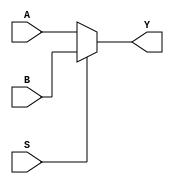
module mux2 (S,A,B,Y);
    input S;
    input A,B;
    output reg Y;

    always @(*)
		Y = (S)? B : A;
endmodule

module mux4 ( S, D, Y );

input[1:0] S;
input[3:0] D;
output Y;

reg Y;
wire[1:0] S;
wire[3:0] D;

always @*
    if (S == 0) Y <= D[0];
    else if (S == 1) Y <= D[1];
    else if (S == 2) Y <= D[2];
    else if (S == 3) Y <= D[3];
    else Y <= 1'bx;

endmodule

module mux8 ( S, D, Y );

input[2:0] S;
input[7:0] D;
output Y;

reg Y;
wire[2:0] S;
wire[7:0] D;

always @*
    if (S == 0) Y <= D[0];
    else if (S == 1) Y <= D[1];
    else if (S == 2) Y <= D[2];
    else if (S == 3) Y <= D[3];
    else if (S == 4) Y <= D[4];
    else if (S == 5) Y <= D[5];
    else if (S == 6) Y <= D[6];
    else if (S == 7) Y <= D[7];
    else Y <= 1'bx;

endmodule

module mux16 (D, S, Y);
 	input  [15:0] D;
 	input  [3:0] S;
 	output Y;

reg Y;
wire[3:0] S;
wire[15:0] D;

always @*
     begin
        case( S )
            0 : Y = D[0];
            1 : Y = D[1];
            2 : Y = D[2];
            3 : Y = D[3];
            4 : Y = D[4];
            5 : Y = D[5];
            6 : Y = D[6];
            7 : Y = D[7];
            8 : Y = D[8];
            9 : Y = D[9];
            10 : Y = D[10];
            11 : Y = D[11];
            12 : Y = D[12];
            13 : Y = D[13];
            14 : Y = D[14];
            15 : Y = D[15];
            default: Y = 1'bx;
        endcase
     end

endmodule


module top (
input [3:0] S,
input [15:0] D,
output M2,M4,M8,M16
);

mux2 u_mux2 (
        .S (S[0]),
        .A (D[0]),
        .B (D[1]),
        .Y (M2)
    );


mux4 u_mux4 (
        .S (S[1:0]),
        .D (D[3:0]),
        .Y (M4)
    );

mux8 u_mux8 (
        .S (S[2:0]),
        .D (D[7:0]),
        .Y (M8)
    );

mux16 u_mux16 (
        .S (S[3:0]),
        .D (D[15:0]),
        .Y (M16)
    );

endmodule